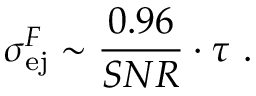
\sigma _ { \mathrm { e j } } ^ { F } \sim \frac { 0 . 9 6 } { S N R } \cdot \tau ~ .